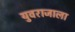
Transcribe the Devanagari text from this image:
युवराजाला